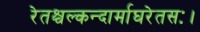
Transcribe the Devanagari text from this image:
रेतश्चल्कन्दार्माघरेतसः।